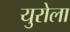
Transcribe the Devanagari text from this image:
युरोला